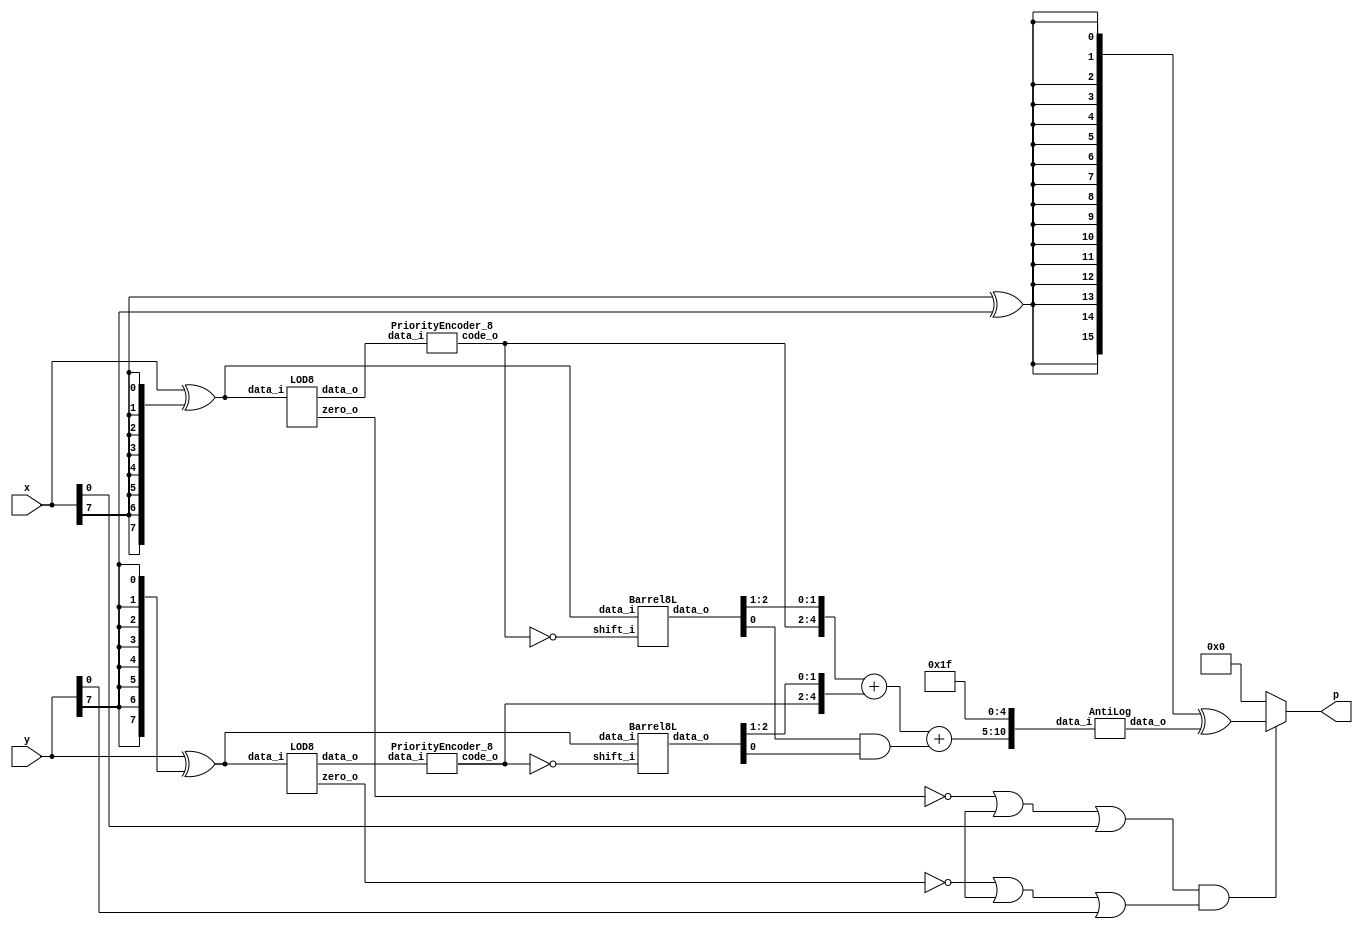
module ALM_SOA5(
    input [7:0] x,
    input [7:0] y,
    output [15:0] p
    );

        // Generate abs values
	wire [7:0] x_abs;
	wire [7:0] y_abs;

	// Going for X_abs
	assign x_abs = x ^ {8{x[7]}};


	// Going for Y_abs
	assign y_abs = y ^ {8{y[7]}};

			 
	// LOD x
	wire [7:0] kx;
	wire zero_x;
	wire [2:0] code_x;    

    LOD8 LODx (
		.data_i(x_abs),
		.zero_o(zero_x),
		.data_o(kx)
	 ); 
	 

	PriorityEncoder_8 PEx (
		.data_i(kx),
		.code_o(code_x)
	 ); 

	// LOD y

	wire [7:0] ky;
	wire zero_y;
	wire [2:0] code_y;

	LOD8 LODy (
		.data_i(y_abs),
		.zero_o(zero_y),
		.data_o(ky)
	 ); 

	PriorityEncoder_8 PEy (
			.data_i(ky),
			.code_o(code_y)
		 ); 


    wire [2:0] code_x_inv;
	wire [2:0] barrel_x;
	
	assign code_x_inv = ~code_x;
	
	Barrel8L BShiftx (
		.data_i(x_abs),
		.shift_i(code_x_inv),
		.data_o(barrel_x)
 	 ); 
	
	
	// Barell shift Y
	wire [2:0] code_y_inv;
	wire [2:0] barrel_y;

	assign code_y_inv = ~code_y;
	
	Barrel8L BShifty (
		.data_i(y_abs),
		.shift_i(code_y_inv),
		.data_o(barrel_y)
 	);

// Addition of Op1 and Op2
	wire [5:0] op1;
	wire [5:0] op2;
	wire [10:0] L;
	wire c_in;
	
	
	assign op1 = {1'b0,code_x,barrel_x[2:1]};
	assign op2 = {1'b0,code_y,barrel_y[2:1]};
	assign c_in = barrel_x[0] & barrel_y[0];
	
	assign L[10:5] = op1 + op2 + c_in;
	
	assign L[4:0] = {5{1'b1}};

	// Anti logarithm 
	
	wire [15:0] tmp_out; 
	AntiLog anti_log(
		.data_i(L),
		.data_o(tmp_out)
	);
	
	// xor 
	wire prod_sign; 
	wire [15:0] tmp_sign;
	
	assign prod_sign = x[7] ^ y[7];
	assign tmp_sign = {16{prod_sign}} ^ tmp_out;
	
	// is zero 
	wire not_zero;
	assign not_zero = (~zero_x | x[15] | x[0]) & (~zero_y | y[15] | y[0]);
	
	assign p = not_zero ? tmp_sign : 16'b0;
    
endmodule


module AntiLog(
	input [10:0] data_i,
	output [15:0] data_o
	);
	
	// L1 Barell
	wire [15:0] l1_in;
	wire [15:0] l1_out;
	wire [3:0] k_enc;
	wire [3:0] k_enc_inc;
	
	assign l1_in = {8'b0,1'b1,data_i[6:0]};
	assign k_enc = {1'b0,data_i[9:7]};
	
	carry_lookahead_inc inc_inst(
     .i_add1(k_enc),
     .o_result(k_enc_inc)
     );	
	
	
	
	Barrel16L L1shift (
		.data_i(l1_in),
		.shift_i(k_enc_inc),
		.data_o(l1_out)
 	 );
	
	// R Barell 
	wire [7:0] r_in;
	wire [7:0] r_out;
	wire [2:0] enc;
	
	assign enc = ~data_i[9:7];
	assign r_in = {1'b1,data_i[6:0]};
	
	Barrel8R Rshift (
		.data_i(r_in),
		.shift_i(enc),
		.data_o(r_out)
 	 );
	
	// And
	wire lr;
	wire [7:0] out_msb;
	
	assign lr = data_i[10];
	assign out_msb = {8{lr}} & l1_out[15:8];
	
	// mux
	wire [7:0] out_lsb;
	assign out_lsb = lr ? l1_out[7:0] : r_out;
	// concanate
	assign data_o = {out_msb,out_lsb};
	
endmodule

module LOD8(
    input [7:0] data_i,
    output zero_o,
    output [7:0] data_o
    );
	
    wire [7:0] z;
    wire [1:0] zdet;
    wire [1:0] select;
    //*****************************************
    // Zero detection logic:
    //*****************************************
    assign zdet[1] = |(data_i[7:4]) ;
    assign zdet[0] = |(data_i[3:0]);
    assign zero_o = ~( zdet[1] | zdet[0]);
    //*****************************************
    // LODs:
    //*****************************************
    LOD4 lod2_1 (
        .data_i(data_i[7:4]), 
        .data_o(z[7:4])
        );
    LOD4 lod2_0 (
        .data_i(data_i[3:0]), 
        .data_o(z[3:0])
        );
    //*****************************************
    // Select signals
    //*****************************************    
    LOD2 Middle(
        .data_i(zdet), 
        .data_o(select)       
    );

	 //*****************************************
	 // Multiplexers :
	 //*****************************************
	wire [7:0] tmp_out;
	

	Muxes2in1Array4 Inst_MUX214_1 (
        .data_i(z[7:4]), 
        .select_i(select[1]), 
        .data_o(tmp_out[7:4])
    );

    Muxes2in1Array4 Inst_MUX214_0 (
        .data_i(z[3:0]), 
        .select_i(select[0]), 
        .data_o(tmp_out[3:0])
    );


    // One hot
    assign data_o = tmp_out;

    
endmodule

module LOD4(
    input [3:0] data_i,
    output [3:0] data_o
    );
	 
    
    wire mux0;
    wire mux1;
    wire mux2;
    
    // multiplexers:
    assign mux2 = (data_i[3]==1) ? 1'b0 : 1'b1;
    assign mux1 = (data_i[2]==1) ? 1'b0 : mux2;
    assign mux0 = (data_i[1]==1) ? 1'b0 : mux1;
    
    //gates and IO assignments:
    assign data_o[3] = data_i[3];
    assign data_o[2] =(mux2 & data_i[2]);
    assign data_o[1] =(mux1 & data_i[1]);
    assign data_o[0] =(mux0 & data_i[0]);

endmodule

module LOD2(
    input [1:0] data_i,
    output [1:0] data_o
    );
	 
    assign data_o[1] = data_i[1];
    assign data_o[0] = ~data_i[1] & data_i[0];

endmodule

module Muxes2in1Array4(
    input [3:0] data_i,
    input select_i,
    output [3:0] data_o
    );

	assign data_o[3] = select_i ? data_i[3] : 1'b0;
	assign data_o[2] = select_i ? data_i[2] : 1'b0;
	assign data_o[1] = select_i ? data_i[1] : 1'b0;
	assign data_o[0] = select_i ? data_i[0] : 1'b0;
	
endmodule

module PriorityEncoder_8(
    input [7:0] data_i,
    output [2:0] code_o
    );
    
    wire [3:0] tmp0;
    assign tmp0 = {data_i[7],data_i[5],data_i[3],data_i[1]};
    OR_tree code0(tmp0,code_o[0]);
    
    wire [3:0] tmp1;
    assign tmp1 = {data_i[7],data_i[6],data_i[3],data_i[2]};
    OR_tree code1(tmp1,code_o[1]);
    
    wire [3:0] tmp2;
    assign tmp2 = {data_i[7],data_i[6],data_i[5],data_i[4]};
    OR_tree code2(tmp2,code_o[2]);
    

endmodule

module OR_tree(
    input [3:0] data_i,
    output data_o
    );
    
    wire [1:0] tmp1;
    
    assign tmp1 = data_i[1:0] | data_i[3:2];
    assign data_o = tmp1[0] | tmp1[1];
endmodule

module Barrel8L(
    input [7:0] data_i,
    input [2:0] shift_i,
    output [2:0] data_o
    );
	 
   reg [15:0] tmp;
   always @*
      case (shift_i)
         3'b000: tmp = data_i;
         3'b001: tmp = data_i << 1;
         3'b010: tmp = data_i << 2;
         3'b011: tmp = data_i << 3;
         3'b100: tmp = data_i << 4;
         3'b101: tmp = data_i << 5;
         3'b110: tmp = data_i << 6;
         default: tmp = data_i << 7;
      endcase
	assign data_o = tmp[7:5];
endmodule


module Barrel8R(
    input [7:0] data_i,
    input [2:0] shift_i,
    output reg [7:0] data_o
    );
	 
   
   always @*
      case (shift_i)
         3'b000: data_o = data_i;
         3'b001: data_o = data_i << 1;
         3'b010: data_o = data_i << 2;
         3'b011: data_o = data_i << 3;
         3'b100: data_o = data_i << 4;
         3'b101: data_o = data_i << 5;
         3'b110: data_o = data_i << 6;
         default: data_o = data_i << 7;
      endcase
endmodule

module Barrel16L(
    input [15:0] data_i,
    input [3:0] shift_i,
    output reg [15:0] data_o
    );
	 
   
   always @*
      case (shift_i)
         4'b0000: data_o = data_i;
         4'b0001: data_o = data_i << 1;
         4'b0010: data_o = data_i << 2;
         4'b0011: data_o = data_i << 3;
         4'b0100: data_o = data_i << 4;
         4'b0101: data_o = data_i << 5;
         4'b0110: data_o = data_i << 6;
         4'b0111: data_o = data_i << 7;
         default:  data_o = data_i << 8;
      endcase


endmodule


module carry_lookahead_inc
  (
   input [3:0] i_add1,
   output [3:0]  o_result
   );
     
  wire [4:0]     w_C;
  wire [3:0]   w_SUM;
 
  // Create the HA Adders
  genvar  ii;
  generate 
    for (ii=0; ii<4; ii=ii+1) 
      begin: oncetold
         assign w_SUM[ii] = i_add1[ii] ^ w_C[ii];
      end
  endgenerate
 
  // Create the Generate (G) Terms:  Gi=Ai*Bi
  // Create the Propagate Terms: Pi=Ai+Bi
  // Create the Carry Terms:
  genvar jj;
  generate
    for (jj=0; jj<4; jj=jj+1) 
      begin : somebody
        assign w_C[jj+1] = (i_add1[jj] & w_C[jj]);
      end
  endgenerate
   
  assign w_C[0] = 1'b1; // Input carry is 1
 
  assign o_result =  w_SUM;   // Verilog Concatenation
 
endmodule // carry_lookahead_adder